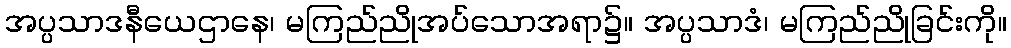
အပ္ပသာဒနီယေဌာနေ၊ မကြည်ညိုအပ်သောအရာ၌။ အပ္ပသာဒံ၊ မကြည်ညိုခြင်းကို။